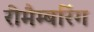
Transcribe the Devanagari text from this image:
रीमैम्बरिंग